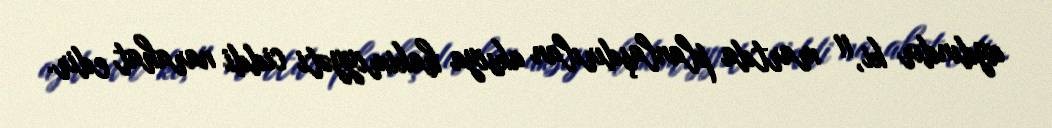
aydındır ki, 11 martda planlaşdırılan aksiya hakimiyyəti ciddi narahat edir.